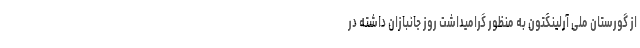
از گورستان ملی آرلینگتون به منظور گرامیداشت روز جانبازان داشته در